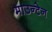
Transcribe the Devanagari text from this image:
माउन्‍टेन